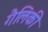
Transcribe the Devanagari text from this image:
गैलिकी